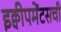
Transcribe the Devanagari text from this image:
इक्वीपमेंटसची